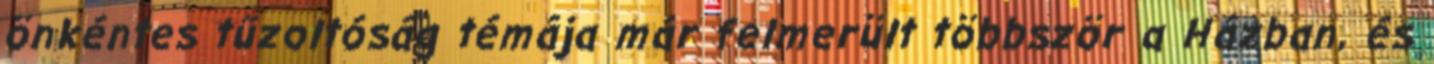
önkéntes tűzoltóság témája már felmerült többször a Házban, és